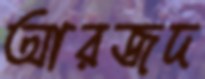
আরজদ